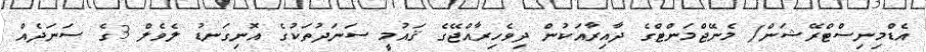
އެޑްމިނިސްޓްރޭޝަން/ މެނޭޖްމަންޓްގެ ދާއިރާއަކުން ދިވެހިރާއްޖޭގެ ޤައުމީ ސަނަދުތަކުގެ އޮނިގަނޑު ލެވެލް 3ގެ ސަނަދެއް